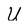
Character: U